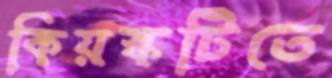
কিয়স্কটিতে